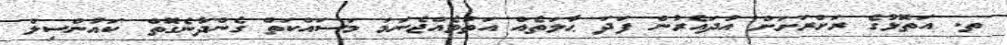
ތ. އަތޮޅުގެ ރަށްރަށަށް އުދައެރުން ފަދަ ޙާލަތެއް އަތުވެއްޖެނަމަ މަސައްކަތް ގެންދާނެގޮތް ކައުންސިލް